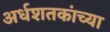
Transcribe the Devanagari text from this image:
अर्धशतकांच्या